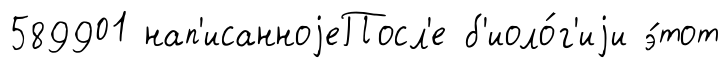
589901 нап'исанноjеПосл'е б'иоло́г'иjи э́тот